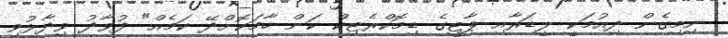
ނިމިގެން ދިއުމަކީ ލީޑަރާއި ޕާޓީގެ ޑިމޮކްރެޓިކް ކަން ހާމަކޮށްދޭ ކަމެއް" ފުވާދު ވިދާޅުވި